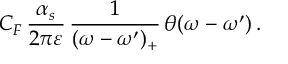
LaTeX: C _ { F } \, \frac { \alpha _ { s } } { 2 \pi \varepsilon } \, \frac { 1 } { ( \omega - \omega ^ { \prime } ) _ { + } } \, \theta ( \omega - \omega ^ { \prime } ) \, .